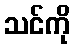
သင်ကို